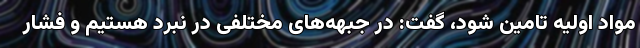
مواد اولیه تامین شود، گفت: در جبهه‌های مختلفی در نبرد هستیم و فشار